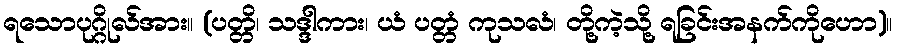
ရသောပုဂ္ဂိုလ်အား။ (ပတ္တိ၊ သဒ္ဒါကား၊ ယံ ပတ္တံ ကုသလံ၊ တို့ကဲ့သို့ ရခြင်းအနက်ကိုဟော)။